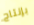
بإنتاج